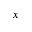
x